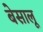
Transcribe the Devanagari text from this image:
बेसालू